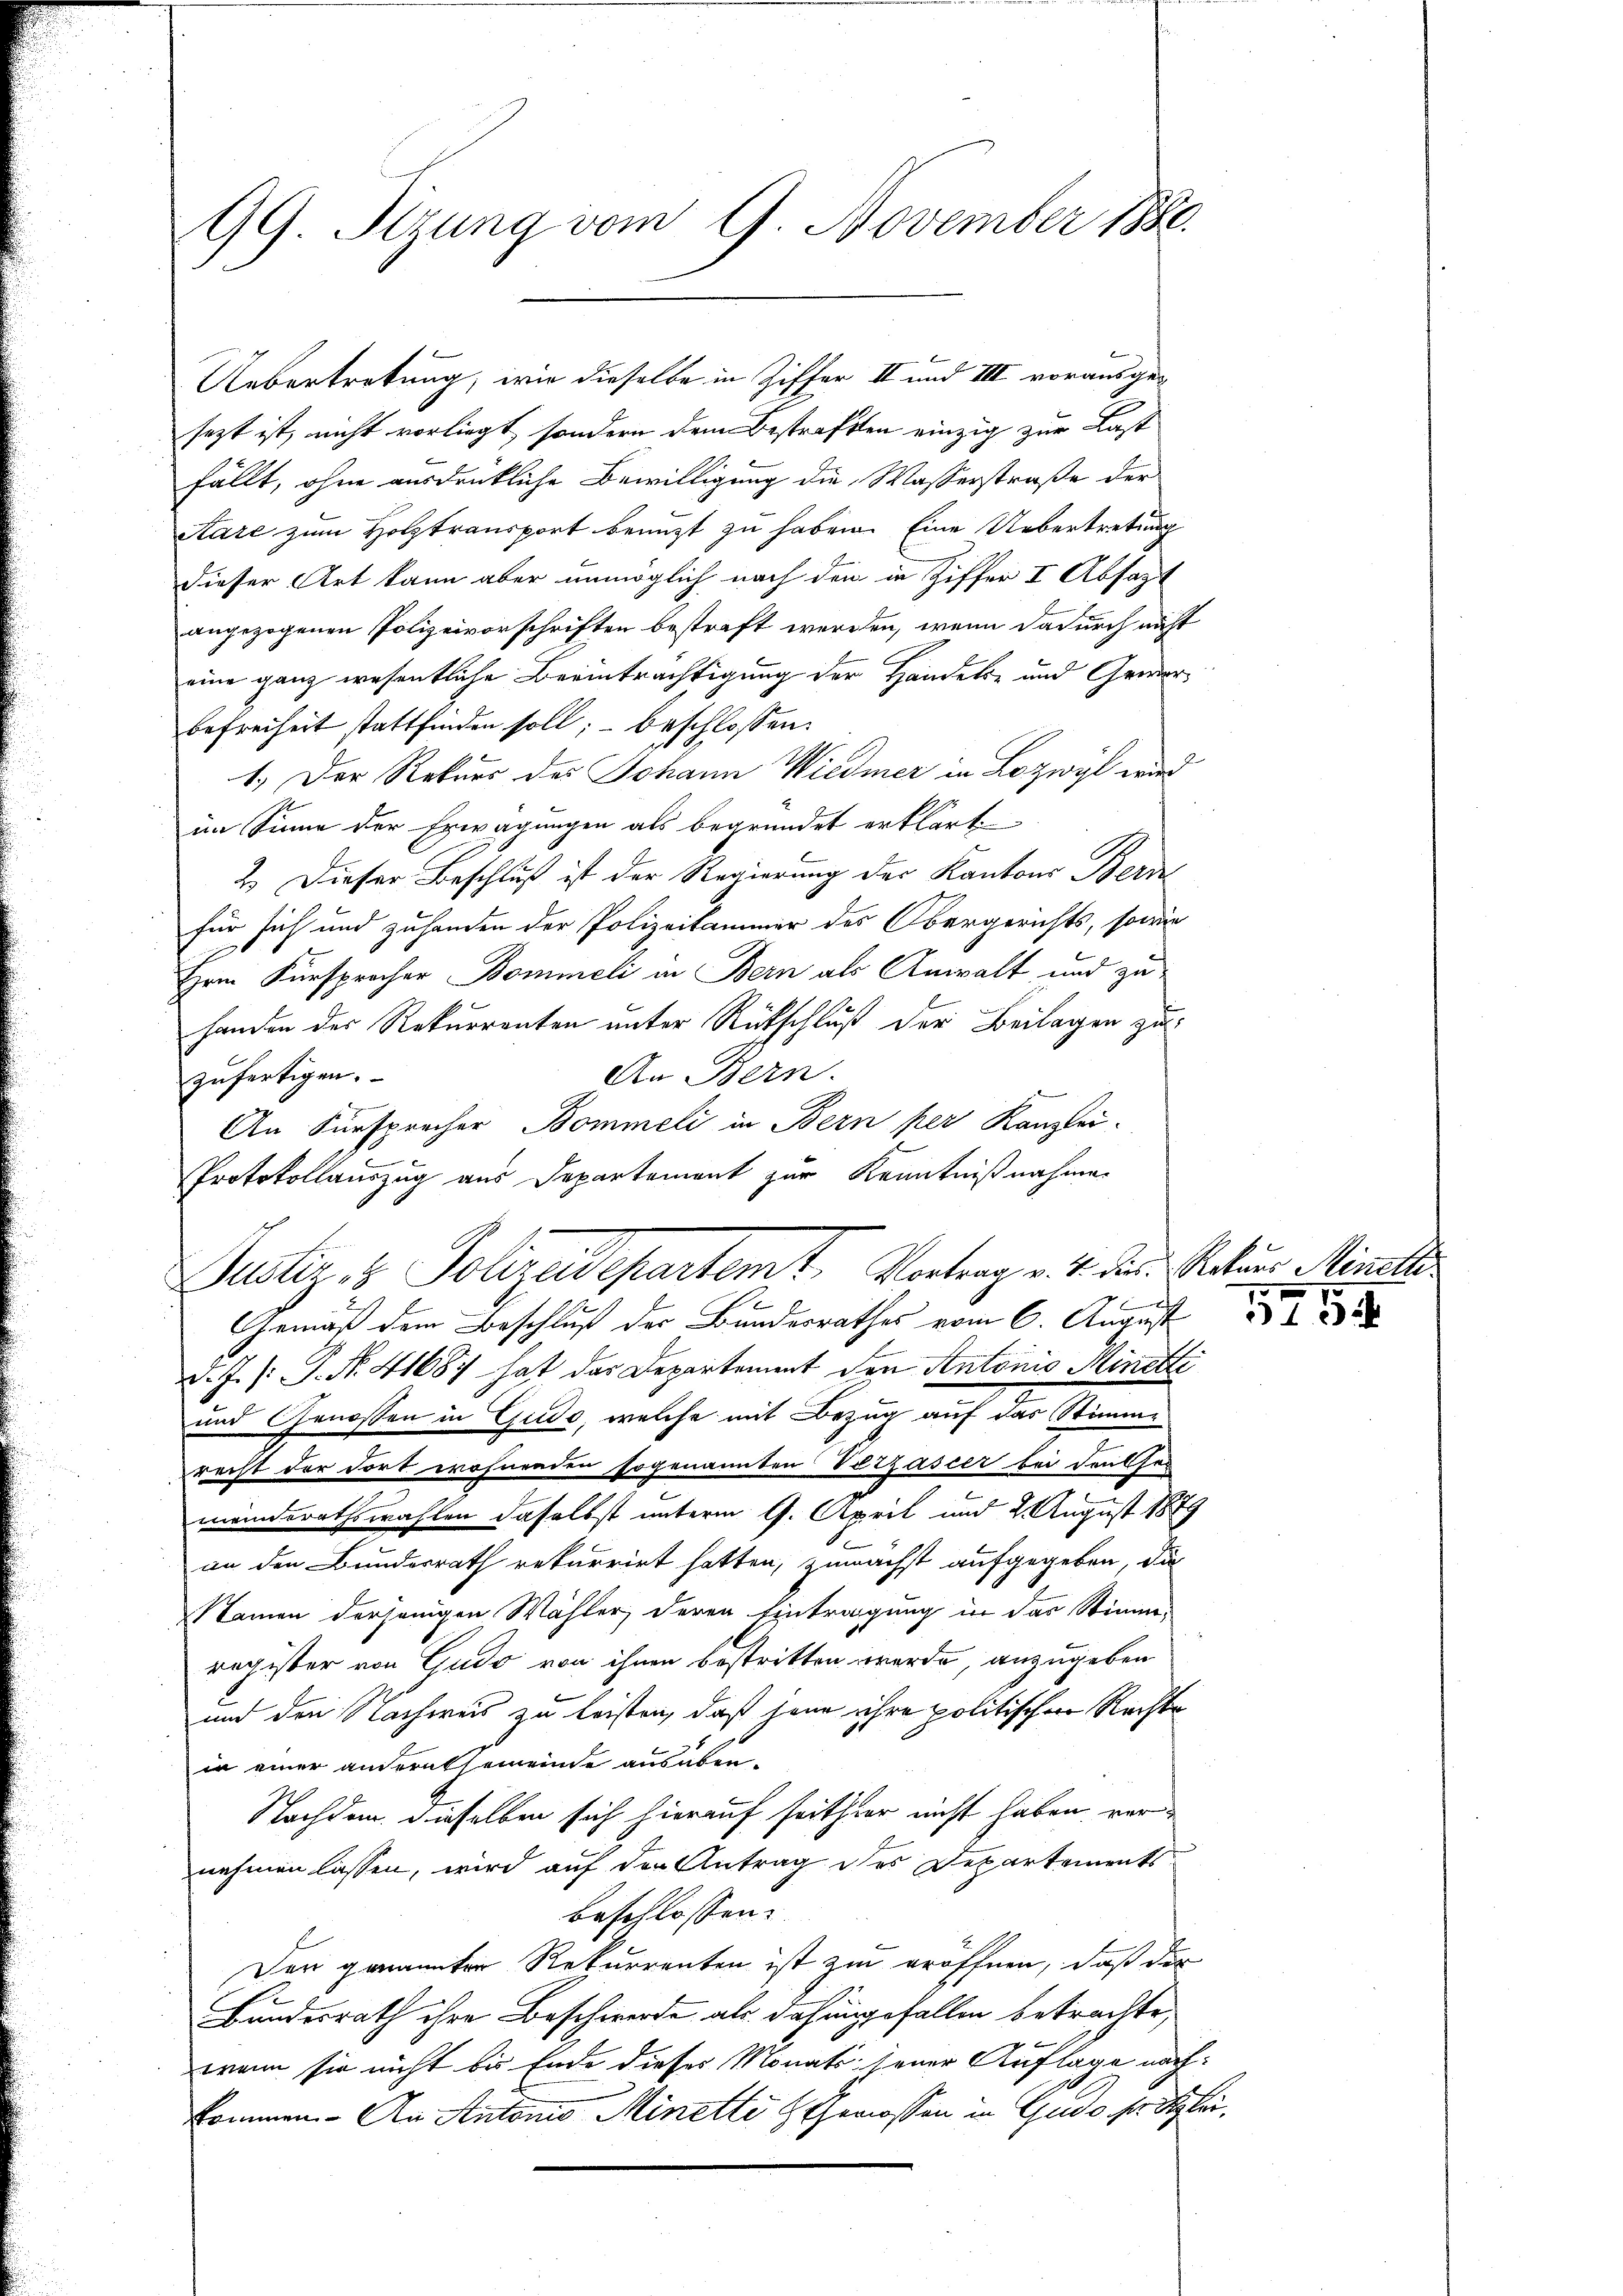
99 Sizung vom 9. November 1880.

sezt ist, nicht vorliegt, sondern dem Bestraften einzig zur Last
fällt, ohne ausdrükliche Bewilligung die Wasserstraße der
Aare zum Holztransport benuzt zu haben. Eine Uebertretung
dieser Art kann aber unmöglich nach den in Ziffer I Absagt
angezogenen Polizeivorschriften bestraft werden, wenn dadurch nicht
eine ganz wesentliche Beeinträchtigung der Handels- und Gewerbefreiheit stattfinden soll; - beschlossen:
1.) Der Rekurs des Johann Wiedmer in Lozwyl wird
im Sinne der Erwägungen als begründet erklärt,
2.) Dieser Beschluß ist der Regierung des Kantons Bern
für sich und zuhanden der Polizeikammer des Obergerichts, sowie
Hrrn. Fürsprocher Bommeli in Bern als Anwalt und zu
handen des Rekurrenten unter Rückschluß der Beilagen zu¬
An Bern.
zufertigen.
An Fürsprecher Bommeli in Bern per Kanzlei-
Protokollauszug aus Departement zur Kenntnißnahme
Gemäß dem Beschluß der Bandesrathes vom 6. August 18
d. J. /: P. Nr. 41687 hat das Departement den Antonis Minetti
und Genossen in Gudo, welche mit Bezug auf das Stimmrecht der dort wohnenden sogenannten Vetzascer bei den so
meinderathswahlen daselbst unterm 17. April und 2. August 1879
an den Bundesrath rekurrirt hatten, zunächst aufgegeben, die
Namen derjenigen Wähler, deren Eintragung in das Stimms
register von Gudo von ihnen bestritten werde, anzugeben
und den Nachweis zu leisten, daß jene ihre politischen Rechte
in einer andern Gemeinde ausüben¬
Nachdem dieselben sich hierauf seither nicht haben, vernehmen lassen, wird auf der Antrag des Departements
beschlossen:
Der genannten Rekurrenten ist zu eröffnen, daß die
e
Bundesrath ihre Beschwerde, als dahingefallen betrachte,
wann sie nicht bis Ende dieses Monats jener Auflage nach:
kommen. - An Antonio Minetti & Genossen in Gudo, so glei

Uebertretung, wie dieselbe in Ziffer II und III vorausge¬

Justiz- & Polizeidepartemt. Vortrag v. 4. die Nature Minetts
2